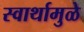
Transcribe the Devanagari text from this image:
स्वार्थामुळे